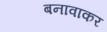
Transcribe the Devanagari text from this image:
बनावाकर